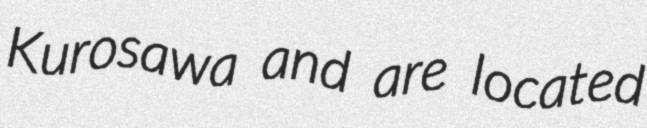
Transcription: Kurosawa and are located